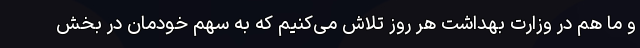
و ما هم در وزارت بهداشت هر روز تلاش می‌کنیم که به سهم خودمان در بخش